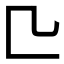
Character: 𠤬